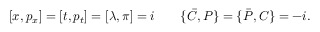
[ x , p _ { x } ] = [ t , p _ { t } ] = [ \lambda , \pi ] = i \qquad \{ { \bar { \cal C } } , { \cal P } \} = \{ { \bar { \cal P } } , { \cal C } \} = - i .